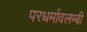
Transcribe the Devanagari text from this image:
परधर्मावलम्बी